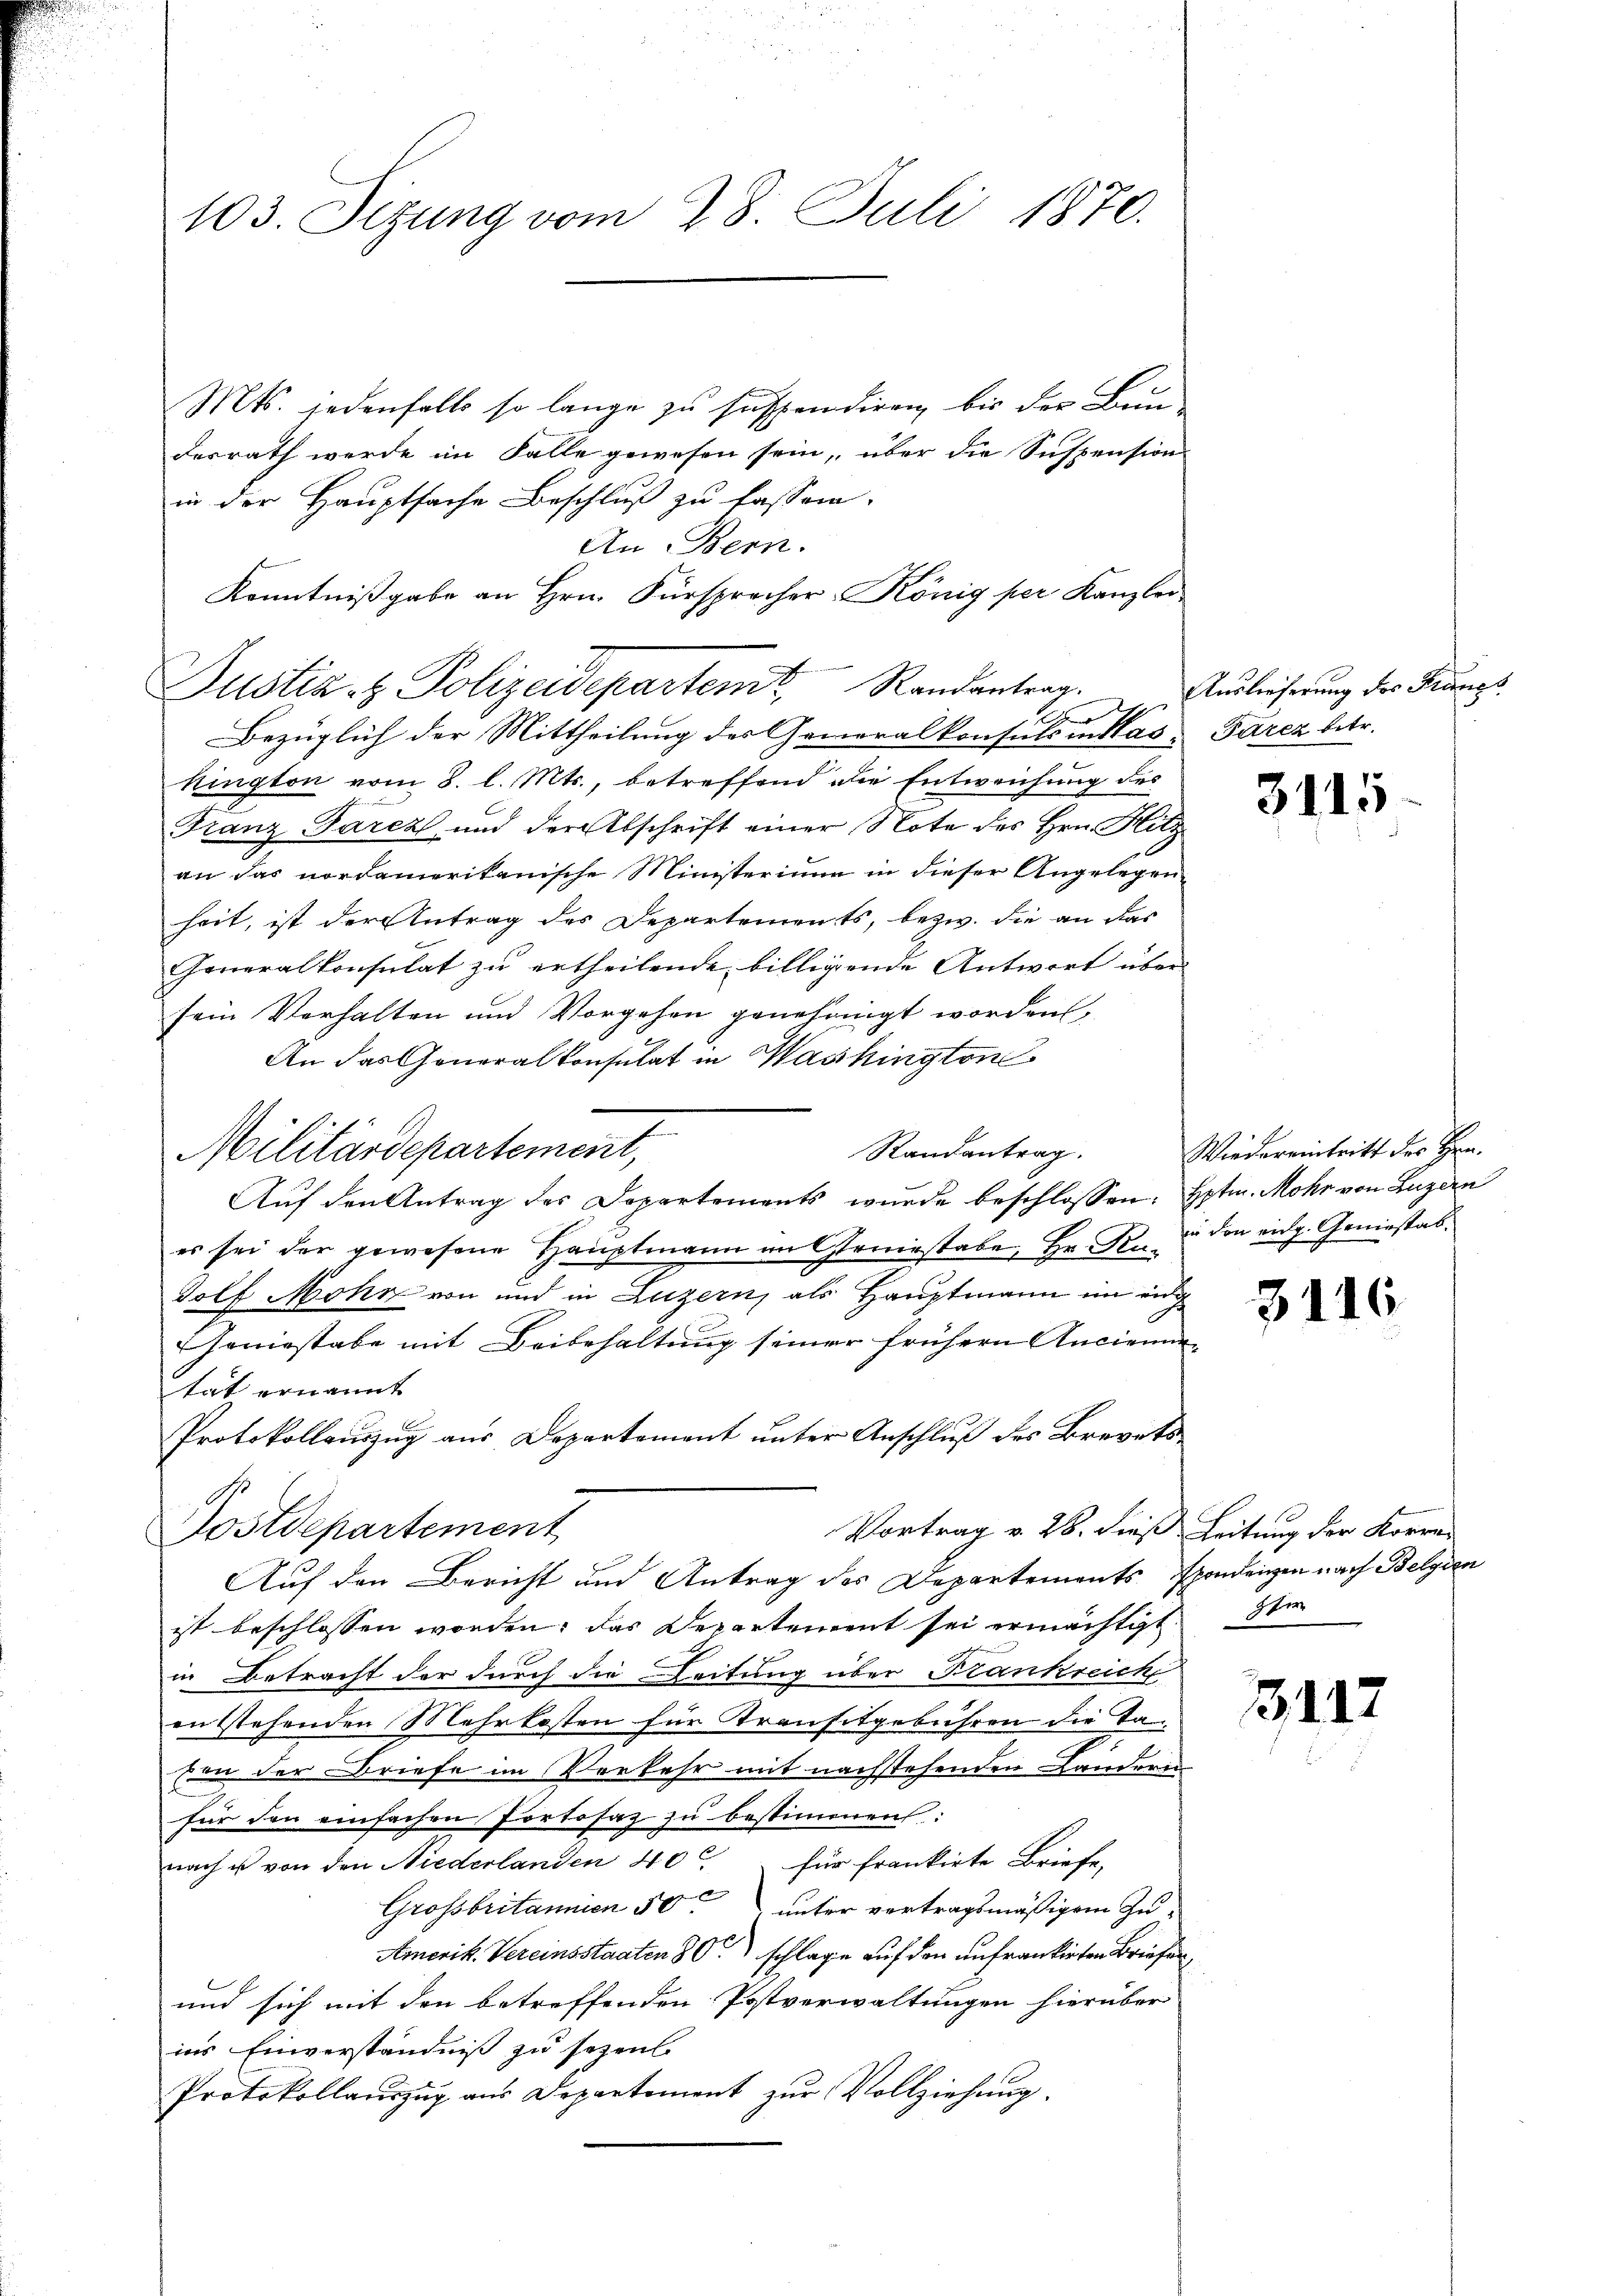
103. Sitzung vom 28. Juli 1870.

Mts. jedenfalls so lange zu suspendiren, bis der Bun-
desrath werde im Falle gewesen sein, über die Suspension
in der Hauptsache Beschluß zu fassen.
An Bern.
Kenntnißgabe an Hrn. Fürsprecher König per Kanzlei
Bezüglich der Mittheilung des Generalkonsuls in das Paren betr.
kington vom 8. l. Mts., betreffend die Entweichung des
Franz Parcz und der Abschrift einer Note des Hrn. Hitz
an das nordamerikanische Ministerium in dieser Angelegen
heit, ist der Antrag des Departements, bezw. die an das
Generalkonsulat zu ertheilende billigende Antwort über
sein Verhalten und Vorgehen genehmigt worden,
An das Generalkonsulat in Washington
Randantrag.
Militärdepartement,
Aŭf den Antrag des Departements wurde beschlossen: Hptm. Mohr von Luzern
es sei der gewesene Hauptmann in Geniestabe, Hr. K. in den eidg. Geniestabdolf Mohn von und in Luzern, als Hauptmann im eidg
Geniestabe mit Beibehaltung seiner frühern Ancienn
tat ernannt
Protokollauszug aus Departement unter Anschluß des Brevets
Vortrag v. 28. dieß Leitung der Korre-
Postdepartement
Auf den Bericht und Antrag des Departements spondenzen nach Belgien
ist beschlossen worden; das Departement sei ermächtigt ste
in Betracht der durch die Leitung über Krankreich
entstehenden Mehrkosten für Transitgebühren die Ta
.
sin der Briefe im Vorkehr mit nachstehenden Landern
für den einfachen Portosaz zu bestimmen:
nach u von den Niederlanden 40 für frankirte Briefe,
Grossbritannien 50 unter vortragsmäßigem Zu¬
Amerik. Vereinsstaaten 80. schlage auf den anfrankirten Briefen
und sich mit den betreffenden Postverwaltungen hierüber
ins Einverständniß zu sezen.
Protokollaŭszŭg aŭs Departement zŭr Vollziehung.

Justiz- & Polizeidepartent Randantrag.

Auslieferung des Rangs

3115

Wiedereintritt des Hrn.

3116

3112